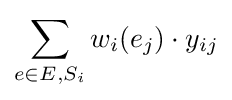
\sum _{e\in E,S_{i}}w_{i}(e_{j})\cdot y_{ij}